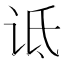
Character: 诋